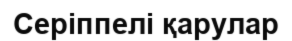
Серіппелі қарулар